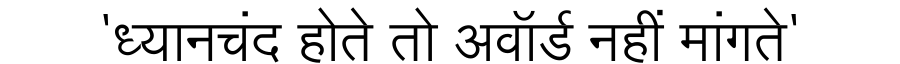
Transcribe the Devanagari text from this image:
'ध्यानचंद होते तो अवॉर्ड नहीं मांगते'